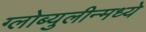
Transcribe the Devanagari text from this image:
ग्लोब्युलीन्मध्ये